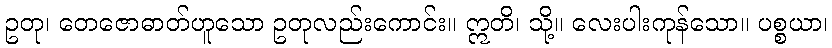
ဥတု၊ တေဇောဓာတ်ဟူသော ဥတုလည်းကောင်း။ ဣတိ၊ သို့။ လေးပါးကုန်သော။ ပစ္စယာ၊